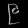
Digit: ၉